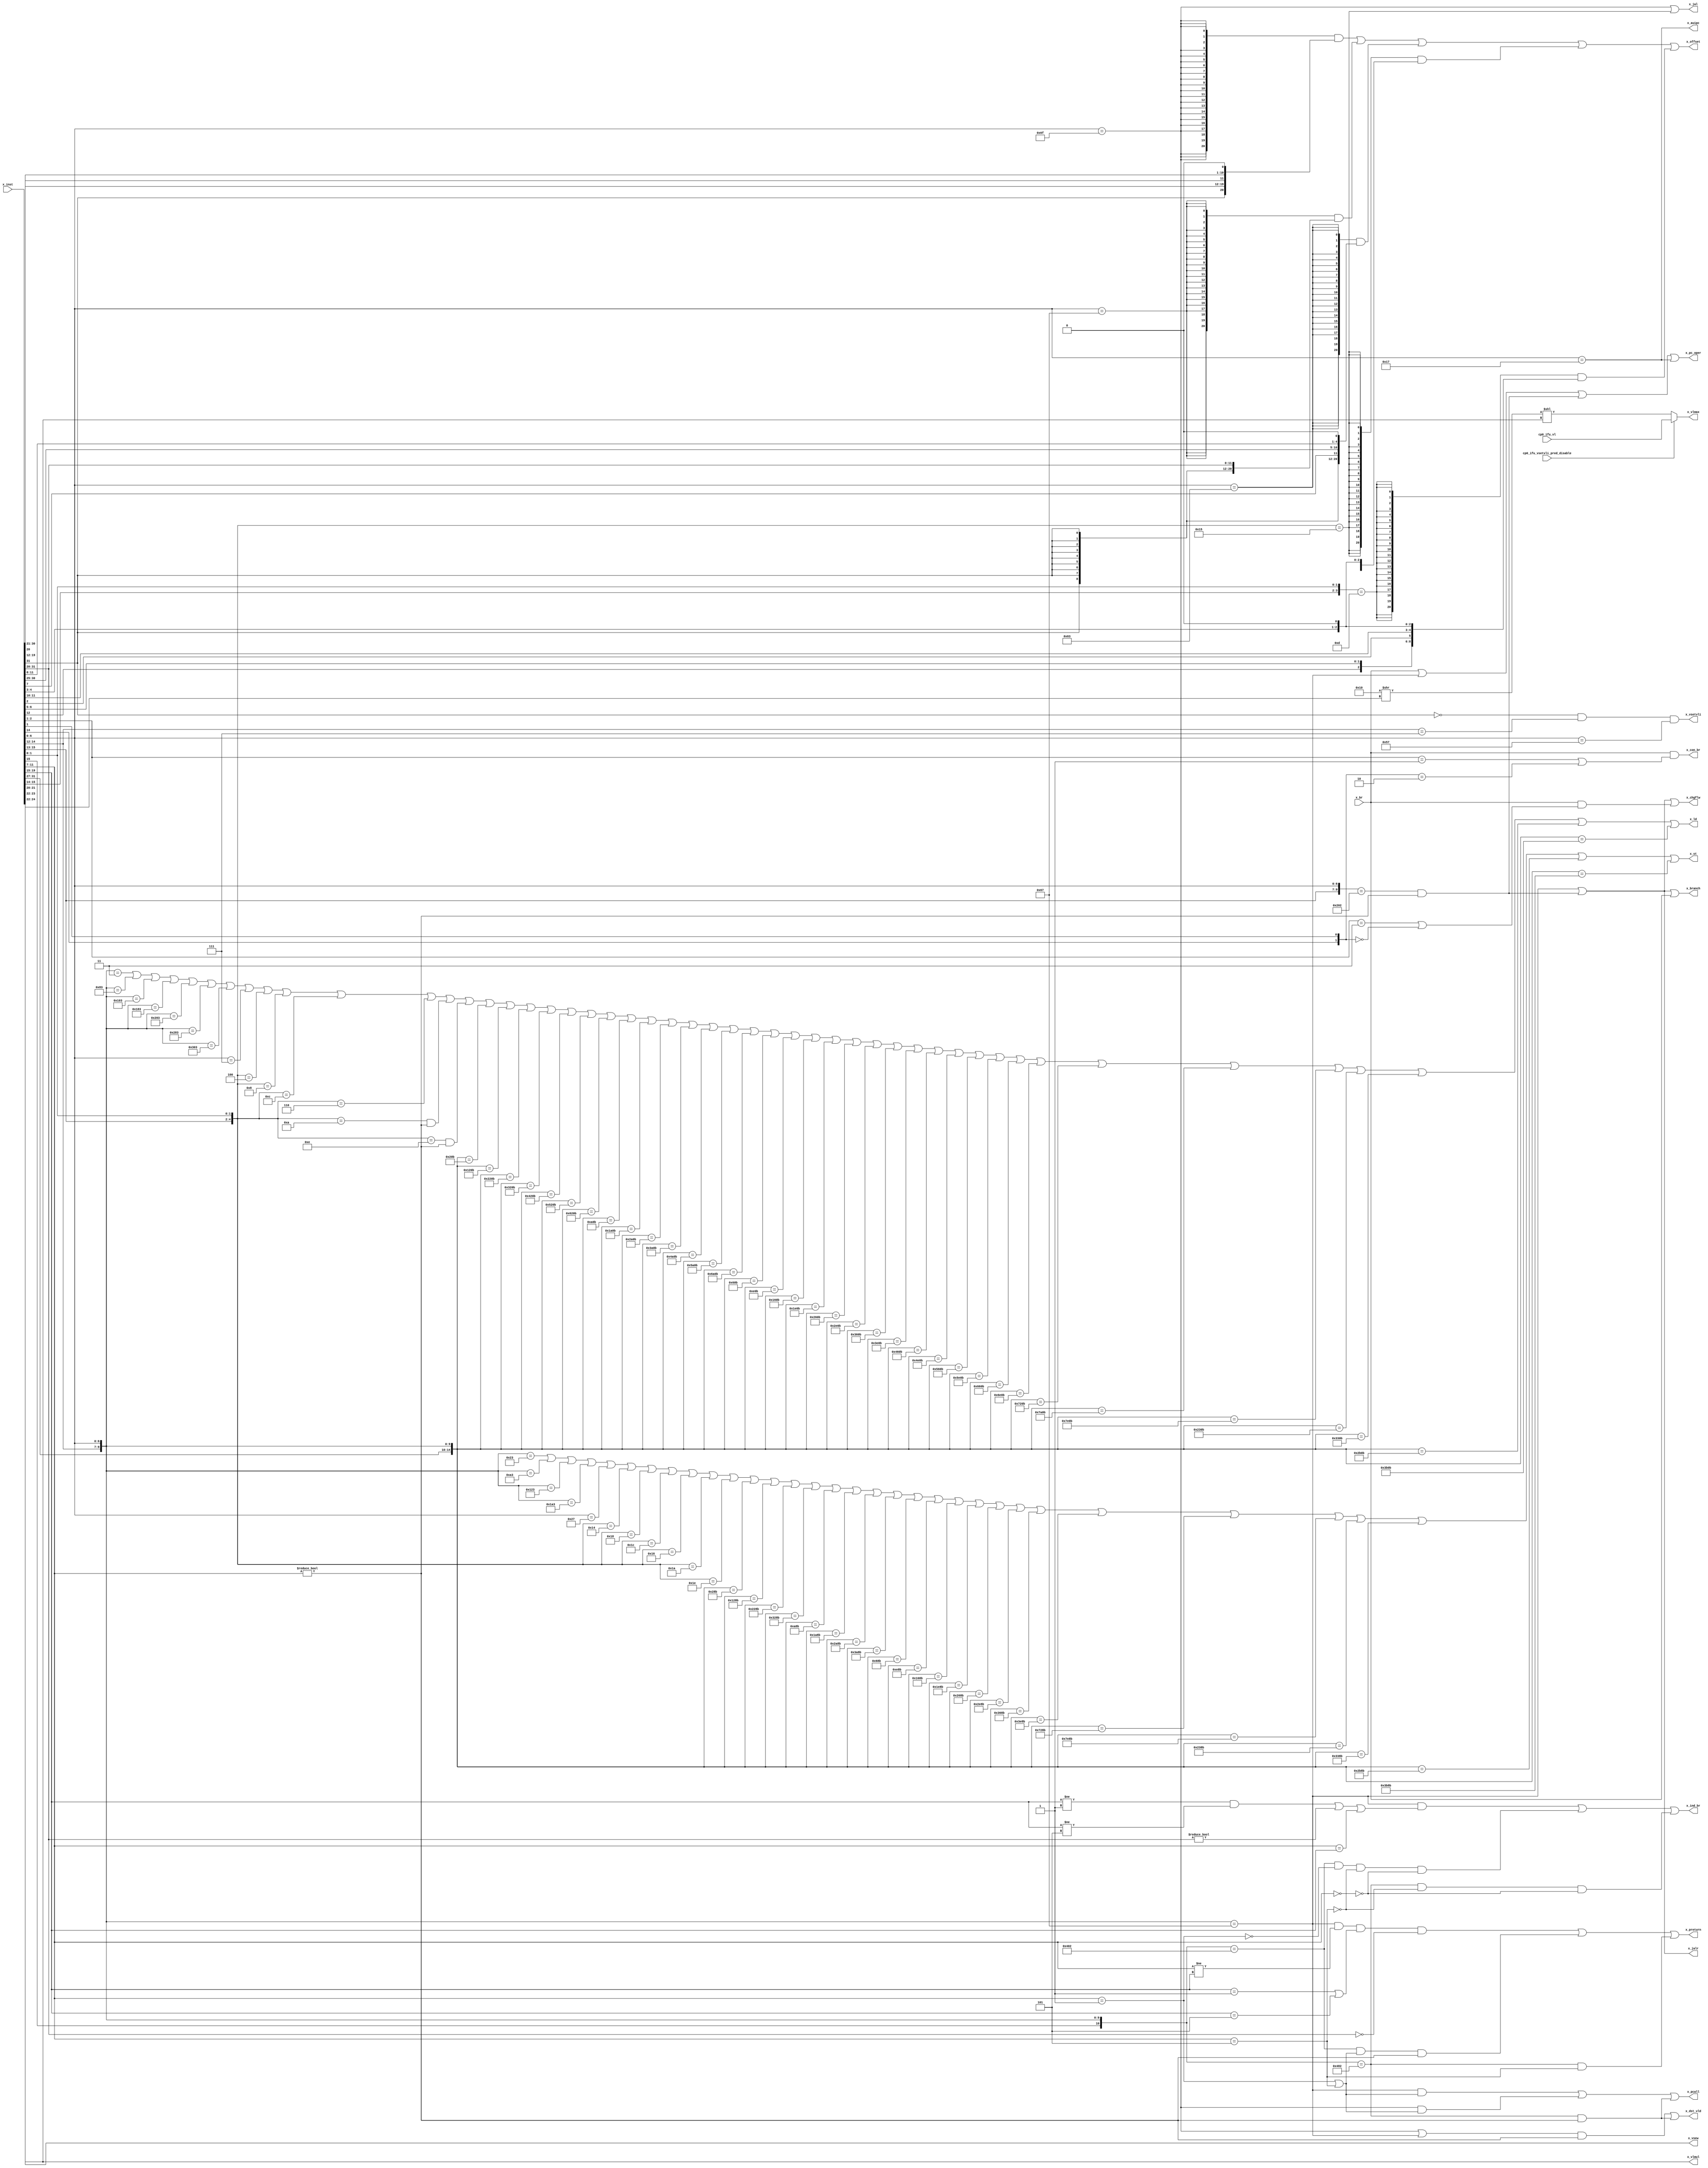
/*Copyright 2019-2021 T-Head Semiconductor Co., Ltd.

Licensed under the Apache License, Version 2.0 (the "License");
you may not use this file except in compliance with the License.
You may obtain a copy of the License at

    http://www.apache.org/licenses/LICENSE-2.0

Unless required by applicable law or agreed to in writing, software
distributed under the License is distributed on an "AS IS" BASIS,
WITHOUT WARRANTIES OR CONDITIONS OF ANY KIND, either express or implied.
See the License for the specific language governing permissions and
limitations under the License.
*/

// &ModuleBeg; @25
module ct_ifu_decd_normal(
  cp0_ifu_vl,
  cp0_ifu_vsetvli_pred_disable,
  x_auipc,
  x_br,
  x_branch,
  x_chgflw,
  x_con_br,
  x_dst_vld,
  x_ind_br,
  x_inst,
  x_jal,
  x_jalr,
  x_ld,
  x_offset,
  x_pc_oper,
  x_pcall,
  x_preturn,
  x_st,
  x_vlmax,
  x_vlmul,
  x_vsetvli,
  x_vsew
);

// &Ports; @26
input   [7 :0]  cp0_ifu_vl;                  
input           cp0_ifu_vsetvli_pred_disable; 
input           x_br;                        
input   [31:0]  x_inst;                      
output          x_auipc;                     
output          x_branch;                    
output          x_chgflw;                    
output          x_con_br;                    
output          x_dst_vld;                   
output          x_ind_br;                    
output          x_jal;                       
output          x_jalr;                      
output          x_ld;                        
output  [20:0]  x_offset;                    
output          x_pc_oper;                   
output          x_pcall;                     
output          x_preturn;                   
output          x_st;                        
output  [7 :0]  x_vlmax;                     
output  [1 :0]  x_vlmul;                     
output          x_vsetvli;                   
output  [2 :0]  x_vsew;                      

// &Regs; @27

// &Wires; @28
wire    [7 :0]  cp0_ifu_vl;                  
wire            cp0_ifu_vsetvli_pred_disable; 
wire            x_ab_br;                     
wire            x_auipc;                     
wire            x_br;                        
wire            x_branch;                    
wire            x_chgflw;                    
wire            x_con_br;                    
wire            x_dst_vld;                   
wire            x_ind_br;                    
wire    [31:0]  x_inst;                      
wire            x_jal;                       
wire            x_jalr;                      
wire            x_ld;                        
wire    [20:0]  x_offset;                    
wire    [20:0]  x_offset_12_ab_br;           
wire            x_offset_12_ab_br_vld;       
wire    [20:0]  x_offset_12_ind_br;          
wire            x_offset_12_ind_br_vld;      
wire    [20:0]  x_offset_13_con_br;          
wire            x_offset_13_con_br_vld;      
wire    [20:0]  x_offset_21_ab_br;           
wire            x_offset_21_ab_br_vld;       
wire    [20:0]  x_offset_9_con_br;           
wire            x_offset_9_con_br_vld;       
wire            x_pc_oper;                   
wire            x_pcall;                     
wire            x_preturn;                   
wire            x_st;                        
wire    [7 :0]  x_vlmax;                     
wire    [1 :0]  x_vlmul;                     
wire            x_vsetvli;                   
wire    [2 :0]  x_vsew;                      



//==========================================================
//                   Decode Normal Type
//==========================================================
// &Force("bus","x_inst",31,0); @34

//Hn_ab_br
assign x_ab_br = x_br && 
                 (
                   (x_inst[2:1] == 2'b11) ||         //jal
                   ({x_inst[14],x_inst[1]} == 2'b00) //c.j
                 );
//Hn_con_br
assign x_con_br = x_br && 
                  (
                    (x_inst[2:1] == 2'b01) ||         //32-bit con-br
                    ({x_inst[14],x_inst[1]} == 2'b10) //16-bit con-br
                  );
// &Force("output","x_con_br"); @48

//Hn_auipc
assign x_auipc = (x_inst[6:0] == 7'b0010111); //auipc
// &Force("output","x_auipc"); @52

//Hn_pc_oper
assign x_pc_oper = x_br ||
                 ({x_inst[14:12],x_inst[6:0]} == 10'b000_1100111) ||                            //jalr
                 ({x_inst[15:13],x_inst[6:0]} == 10'b100_00000_10) && (x_inst[11:7] != 5'b0) || //c.jr/c.jalr
                 (x_inst[6:0] == 7'b0010111);                                                   //auipc
// &Force("output","x_pc_oper"); @59
                  
//Hn_chgflw_not_br
//contain all the chgflw inst except con_br
assign x_chgflw = ({x_inst[14:12],x_inst[6:0]} == 10'b000_1100111) ||                            //jalr
                  ({x_inst[15:13],x_inst[6:0]} == 10'b100_00000_10) && (x_inst[11:7] != 5'b0) || //c.jr/c.jalr
                  x_ab_br;
// &Force("output","x_chgflw"); @66

//Hn_branch
//contain all the branch inst include con_br
assign x_branch = ({x_inst[14:12],x_inst[6:0]} == 10'b000_1100111) ||                            //jalr
                  ({x_inst[15:13],x_inst[6:0]} == 10'b100_00000_10) && (x_inst[11:7] != 5'b0) || //c.jr/c.jalr
                  x_br;
// &Force("output","x_branch"); @73
                
//Hn_jal
assign x_jal = (x_inst[6:0] == 7'b1101111) ||               //jal
                ({x_inst[15:13], x_inst[1:0]} == 5'b10101); //c.j
// &Force("output","x_jal"); @78

//Hn_jalr
assign x_jalr = ({x_inst[14:12],x_inst[6:0]} == 10'b000_1100111) ||                          //jalr
                ({x_inst[15:13],x_inst[6:0]} == 10'b100_00000_10) && (x_inst[11:7] != 5'b0); //c.jr/c.jalr
// &Force("output","x_jalr"); @83

//Hn_dst_vld
assign x_dst_vld = ((x_inst[6:0] == 7'b1101111) || ({x_inst[14:12],x_inst[6:0]} == 10'b000_1100111)) && (x_inst[11:7] != 5'b0)
                || ({x_inst[15:12],x_inst[6:0]} == 11'b1001_00000_10) && (x_inst[11:7] != 5'b0);


//==========================================================
//                   Decode Indrect Branch
//==========================================================
//Pcall and Preturn judgement
//      +-------+-------+--------+--------------+
//      |   rd  |  rs1  | rs1=rd | RAS action   |
//      +-------+-------+--------+--------------+
//      | !link | !link |    -   | none         |
//      +-------+-------+--------+--------------+
//      | !link | link  |    -   | pop          |
//      +-------+-------+--------+--------------+
//      | link  | !link |    -   | push         |
//      +-------+-------+--------+--------------+
//      | link  | link  |    0   | push and pop |
//      +-------+-------+--------+--------------+
//      | link  | link  |    1   | push         |
//      +-------+-------+--------+--------------+


//Hn_pcall 
//1. jalr: rd == x1 or rd == x5
//2. jal : rd == x1 or rd == x5
//3. c.jalr
assign x_pcall = (
                  ({x_inst[14:12],x_inst[6:0]} == 10'b000_1100111) && //jalr
                  (
                   (x_inst[11:7] == 5'b00001) ||
                   (x_inst[11:7] == 5'b00101)
                  )
                 ) || 
                 (
                  (x_inst[6:0] == 7'b1101111) && //jal
                  (     
                   (x_inst[11:7] == 5'b00001) ||
                   (x_inst[11:7] == 5'b00101)
                  )
                 ) ||
                 (
                   ({x_inst[15:12],x_inst[6:0]} == 11'b1001_00000_10) && //c.jalr 
                   (x_inst[11:7] != 5'b0)
                 ); 

//Hn_preturn
//1. jalr: when rs1 == x1 or rs1 == x5 and rs1!=rd
//2. c.jr: when rs1 ==x1 or rs1 == x5
//3. c.jalr: when rs1 == x5(c.jalr use x1 as default rd) 
assign x_preturn = (
                    ({x_inst[14:12],x_inst[6:0]} == 10'b000_1100111) && //jalr
                    (x_inst[11:7] != x_inst[19:15]) &&
                    (
                     (x_inst[19:15] == 5'b00001) ||
                     (x_inst[19:15] == 5'b00101)
                    ) &&
                    (x_inst[31:20] == 12'b0)
                   ) ||
                   (
                    ({x_inst[15:12],x_inst[6:0]} == 11'b1000_00000_10) &&  //c.jr
                    (
                     (x_inst[11:7] == 5'b00001) ||
                     (x_inst[11:7] == 5'b00101)
                    ) &&
                     (x_inst[11:7] != 5'b00000)
                   ) ||
                   (
                     ({x_inst[15:12],x_inst[6:0]} == 11'b1001_00000_10) && //c.jalr 
                     (x_inst[11:7] == 5'b00101)
                   ); 


//Hn_ind_jmp
assign x_ind_br  = (
                    ({x_inst[14:12],x_inst[6:0]} == 10'b000_1100111) && //jalr
                    (
                     ( 
                      ((x_inst[19:15] != 5'b1) &&
                       (x_inst[19:15] != 5'b00101)
                      ) ||
                      (x_inst[31:20] != 12'b0)
                     ) ||
                     (x_inst[11:7] == x_inst[19:15])
                    )
                   ) ||
                   (
                    ({x_inst[15:12],x_inst[6:0]} == 11'b1000_00000_10) &&  //c.jr
                    !(x_inst[11:7] == 5'b00001) &&
                    !(x_inst[11:7] == 5'b00101) &&
                    !(x_inst[11:7] == 5'b0)
                   ) ||
                   (
                     ({x_inst[15:12],x_inst[6:0]} == 11'b1001_00000_10) && //c.jalr 
                     !(x_inst[11:7] == 5'b00101) && !(x_inst[11:7] == 5'b0)
                   ); 
                

//==========================================================
//                   Decode Store Inst
//==========================================================
// &Force("bus","x_inst",31,0); @187
assign x_st =  ({x_inst[14:12],x_inst[6:0]} == 10'b000_0100011) //sb
           ||  ({x_inst[14:12],x_inst[6:0]} == 10'b001_0100011) //sh
           ||  ({x_inst[14:12],x_inst[6:0]} == 10'b010_0100011) //sw
           ||  ({x_inst[14:12],x_inst[6:0]} == 10'b011_0100011) //sd
           ||  (x_inst[6:0] == 7'b0100111) //fsh/fsw/fsd/vfst
           ||  ({x_inst[15:13],x_inst[1:0]} == 5'b101_00) //c.fsd
           ||  ({x_inst[15:13],x_inst[1:0]} == 5'b110_00) //c.sw
           ||  ({x_inst[15:13],x_inst[1:0]} == 5'b111_00) //c.sd
           ||  ({x_inst[15:13],x_inst[1:0]} == 5'b101_10) //c.fsdsp
           ||  ({x_inst[15:13],x_inst[1:0]} == 5'b110_10) //c.swsp
           ||  ({x_inst[15:13],x_inst[1:0]} == 5'b111_10) //c.sdsp
           ||  ({x_inst[31:27],x_inst[14:12],x_inst[6:0]} == 15'b00000_101_0001011) //srb
           ||  ({x_inst[31:27],x_inst[14:12],x_inst[6:0]} == 15'b00100_101_0001011) //srh
           ||  ({x_inst[31:27],x_inst[14:12],x_inst[6:0]} == 15'b01000_101_0001011) //srw
           ||  ({x_inst[31:27],x_inst[14:12],x_inst[6:0]} == 15'b01100_101_0001011) //srd
           ||  ({x_inst[31:27],x_inst[14:12],x_inst[6:0]} == 15'b00010_101_0001011) //surb
           ||  ({x_inst[31:27],x_inst[14:12],x_inst[6:0]} == 15'b00110_101_0001011) //surh
           ||  ({x_inst[31:27],x_inst[14:12],x_inst[6:0]} == 15'b01010_101_0001011) //surw
           ||  ({x_inst[31:27],x_inst[14:12],x_inst[6:0]} == 15'b01110_101_0001011) //surd
           ||  ({x_inst[31:27],x_inst[14:12],x_inst[6:0]} == 15'b00001_101_0001011) //sbib
           ||  ({x_inst[31:27],x_inst[14:12],x_inst[6:0]} == 15'b00011_101_0001011) //sbia
           ||  ({x_inst[31:27],x_inst[14:12],x_inst[6:0]} == 15'b00101_101_0001011) //shib
           ||  ({x_inst[31:27],x_inst[14:12],x_inst[6:0]} == 15'b00111_101_0001011) //shia
           ||  ({x_inst[31:27],x_inst[14:12],x_inst[6:0]} == 15'b01001_101_0001011) //swib
           ||  ({x_inst[31:27],x_inst[14:12],x_inst[6:0]} == 15'b01011_101_0001011) //swia
           ||  ({x_inst[31:27],x_inst[14:12],x_inst[6:0]} == 15'b01101_101_0001011) //sdib
           ||  ({x_inst[31:27],x_inst[14:12],x_inst[6:0]} == 15'b01111_101_0001011) //sdia
           ||  ({x_inst[31:27],x_inst[14:12],x_inst[6:0]} == 15'b11100_101_0001011) //swd
           ||  ({x_inst[31:27],x_inst[14:12],x_inst[6:0]} == 15'b11111_101_0001011) //sdd
           ||  ({x_inst[31:27],x_inst[14:12],x_inst[6:0]} == 15'b01000_111_0001011) //fsrw
           ||  ({x_inst[31:27],x_inst[14:12],x_inst[6:0]} == 15'b01100_111_0001011) //fsrd
           ||  ({x_inst[31:27],x_inst[14:12],x_inst[6:0]} == 15'b01010_111_0001011) //fsurw
           ||  ({x_inst[31:27],x_inst[14:12],x_inst[6:0]} == 15'b01110_111_0001011); //fsurd



//==========================================================
//                 Decode lsfifo Instruction
//==========================================================
assign x_ld=({x_inst[14:12],x_inst[6:0]} == 10'b000_0000011) //lb
        ||  ({x_inst[14:12],x_inst[6:0]} == 10'b001_0000011) //lh
        ||  ({x_inst[14:12],x_inst[6:0]} == 10'b010_0000011) //lw
        ||  ({x_inst[14:12],x_inst[6:0]} == 10'b011_0000011) //ld
        ||  ({x_inst[14:12],x_inst[6:0]} == 10'b100_0000011) //lbu
        ||  ({x_inst[14:12],x_inst[6:0]} == 10'b101_0000011) //lhu
        ||  ({x_inst[14:12],x_inst[6:0]} == 10'b110_0000011) //lwu
        ||  (x_inst[6:0] == 7'b0000111) //flh/flw/fld/vfld
        ||  ({x_inst[15:13],x_inst[1:0]} == 5'b001_00) //c.fld
        ||  ({x_inst[15:13],x_inst[1:0]} == 5'b010_00) //c.lw
        ||  ({x_inst[15:13],x_inst[1:0]} == 5'b011_00) //c.ld
        ||  ({x_inst[15:13],x_inst[1:0]} == 5'b001_10) //c.fldsp
        ||  ({x_inst[15:13],x_inst[1:0]} == 5'b010_10) //c.lwsp
            && (x_inst[11:7] != 5'b0)
        ||  ({x_inst[15:13],x_inst[1:0]} == 5'b011_10) //c.ldsp
            && (x_inst[11:7] != 5'b0)
        ||  ({x_inst[31:27],x_inst[14:12],x_inst[6:0]} == 15'b00000_100_0001011) //lrb
        ||  ({x_inst[31:27],x_inst[14:12],x_inst[6:0]} == 15'b00100_100_0001011) //lrh
        ||  ({x_inst[31:27],x_inst[14:12],x_inst[6:0]} == 15'b01000_100_0001011) //lrw
        ||  ({x_inst[31:27],x_inst[14:12],x_inst[6:0]} == 15'b01100_100_0001011) //lrd
        ||  ({x_inst[31:27],x_inst[14:12],x_inst[6:0]} == 15'b10000_100_0001011) //lrbu
        ||  ({x_inst[31:27],x_inst[14:12],x_inst[6:0]} == 15'b10100_100_0001011) //lrhu
        ||  ({x_inst[31:27],x_inst[14:12],x_inst[6:0]} == 15'b11000_100_0001011) //lrwu
        ||  ({x_inst[31:27],x_inst[14:12],x_inst[6:0]} == 15'b00010_100_0001011) //lurb
        ||  ({x_inst[31:27],x_inst[14:12],x_inst[6:0]} == 15'b00110_100_0001011) //lurh
        ||  ({x_inst[31:27],x_inst[14:12],x_inst[6:0]} == 15'b01010_100_0001011) //lurw
        ||  ({x_inst[31:27],x_inst[14:12],x_inst[6:0]} == 15'b01110_100_0001011) //lurd
        ||  ({x_inst[31:27],x_inst[14:12],x_inst[6:0]} == 15'b10010_100_0001011) //lurbu
        ||  ({x_inst[31:27],x_inst[14:12],x_inst[6:0]} == 15'b10110_100_0001011) //lurhu
        ||  ({x_inst[31:27],x_inst[14:12],x_inst[6:0]} == 15'b11010_100_0001011) //lurwu
        ||  ({x_inst[31:27],x_inst[14:12],x_inst[6:0]} == 15'b00001_100_0001011) //lbib
        ||  ({x_inst[31:27],x_inst[14:12],x_inst[6:0]} == 15'b00011_100_0001011) //lbia
        ||  ({x_inst[31:27],x_inst[14:12],x_inst[6:0]} == 15'b00101_100_0001011) //lhib
        ||  ({x_inst[31:27],x_inst[14:12],x_inst[6:0]} == 15'b00111_100_0001011) //lhia
        ||  ({x_inst[31:27],x_inst[14:12],x_inst[6:0]} == 15'b01001_100_0001011) //lwib
        ||  ({x_inst[31:27],x_inst[14:12],x_inst[6:0]} == 15'b01011_100_0001011) //lwia
        ||  ({x_inst[31:27],x_inst[14:12],x_inst[6:0]} == 15'b01101_100_0001011) //ldib
        ||  ({x_inst[31:27],x_inst[14:12],x_inst[6:0]} == 15'b01111_100_0001011) //ldia
        ||  ({x_inst[31:27],x_inst[14:12],x_inst[6:0]} == 15'b10001_100_0001011) //lbuib
        ||  ({x_inst[31:27],x_inst[14:12],x_inst[6:0]} == 15'b10011_100_0001011) //lbuia
        ||  ({x_inst[31:27],x_inst[14:12],x_inst[6:0]} == 15'b10101_100_0001011) //lhuib
        ||  ({x_inst[31:27],x_inst[14:12],x_inst[6:0]} == 15'b10111_100_0001011) //lhuia
        ||  ({x_inst[31:27],x_inst[14:12],x_inst[6:0]} == 15'b11001_100_0001011) //lwuib
        ||  ({x_inst[31:27],x_inst[14:12],x_inst[6:0]} == 15'b11011_100_0001011) //lwuia
        ||  ({x_inst[31:27],x_inst[14:12],x_inst[6:0]} == 15'b11100_100_0001011) //lwd
        ||  ({x_inst[31:27],x_inst[14:12],x_inst[6:0]} == 15'b11110_100_0001011) //lwud
        ||  ({x_inst[31:27],x_inst[14:12],x_inst[6:0]} == 15'b11111_100_0001011) //ldd
        ||  ({x_inst[31:27],x_inst[14:12],x_inst[6:0]} == 15'b01000_110_0001011) //flrw
        ||  ({x_inst[31:27],x_inst[14:12],x_inst[6:0]} == 15'b01100_110_0001011) //flrd
        ||  ({x_inst[31:27],x_inst[14:12],x_inst[6:0]} == 15'b01010_110_0001011) //flurw
        ||  ({x_inst[31:27],x_inst[14:12],x_inst[6:0]} == 15'b01110_110_0001011); //flurd

//==========================================================
//                   Decode Vtype Inst
//==========================================================
//vsetvli inst :
//-----+----------------+---------+-------+-------+---------------+
//  31 |30            20|19     15|14   12|11    7|6            0 |
//   1 |   zimm[10:0]   |   rs1   | 1 1 1 |   rd  | 1 0 1 0 1 1 1 |
//-----+----------------+---------+-------+-------+---------------+
assign x_vsetvli = !x_inst[31]
                && (x_inst[14:12] == 3'b111)
                && (x_inst[6:0] == 7'b1010111);

//vlmul & vsew
//zimm[10:0]:
//10:7:  Reserverd
// 6:5:  vediv, Used for EDIV extention,reserved for xuantie910
// 4:2:  vsew,standard element width setting
// 1:0:  vlmul,vector register group multiplier setting
assign x_vsew[2:0]  = x_inst[24:22];
assign x_vlmul[1:0] = x_inst[21:20]; 
assign x_vlmax[7:0] = (cp0_ifu_vsetvli_pred_disable) 
                      ? cp0_ifu_vl[7:0]
                      : ((8'b00010000 >> x_inst[23:22]) <<x_inst[21:20]);

//==========================================================
//                 Decode Immediate Offset
//==========================================================
assign x_offset_21_ab_br_vld   = (x_inst[6:0] == 7'b1101111); //JAL
assign x_offset_21_ab_br[20:0] = {
                                  x_inst[31],  
                                  x_inst[19:12], 
                                  x_inst[20],
                                  x_inst[30:21],
                                  1'b0
                                 };

assign x_offset_12_ind_br_vld   = (x_inst[6:0] == 7'b1100111); //JARL
assign x_offset_12_ind_br[20:0] = {
                                   {9{x_inst[31]}},
                                   x_inst[31:20]
                                  };

assign x_offset_13_con_br_vld   = (x_inst[6:0] == 7'b1100011); //BEQ/BNE/BLT/BGE/BLTU/BGEU
assign x_offset_13_con_br[20:0] = {
                                   {9{x_inst[31]}},
                                    x_inst[7],
                                    x_inst[30:25],
                                    x_inst[11:8],
                                    1'b0
                                  };

assign x_offset_12_ab_br_vld    = ({x_inst[15:13],x_inst[1:0]} == 5'b10101); //C.J
assign x_offset_12_ab_br[20:0]  = {
                                   {10{x_inst[12]}},
                                   x_inst[8],
                                   x_inst[10:9],
                                   x_inst[6],
                                   x_inst[7],
                                   x_inst[2],
                                   x_inst[11],
                                   x_inst[5:3],
                                   1'b0
                                  };

assign x_offset_9_con_br_vld    = ({x_inst[15:14],x_inst[1:0]} == 4'b1101); //C.BEQZ/C.BNEZ
assign x_offset_9_con_br[20:0]  = {
                                   {13{x_inst[12]}},
                                   x_inst[6:5],
                                   x_inst[2],
                                   x_inst[11:10],
                                   x_inst[4:3],
                                   1'b0
                                  };

//default will choose 0 as C.J/C.JARL result                                        
assign x_offset[20:0] = 
    {21{x_offset_21_ab_br_vld}}  & x_offset_21_ab_br[20:0]
  | {21{x_offset_12_ind_br_vld}} & x_offset_12_ind_br[20:0]
  | {21{x_offset_13_con_br_vld}} & x_offset_13_con_br[20:0]
  | {21{x_offset_12_ab_br_vld}}  & x_offset_12_ab_br[20:0]
  | {21{x_offset_9_con_br_vld}}  & x_offset_9_con_br[20:0];

// &ModuleEnd; @361
endmodule